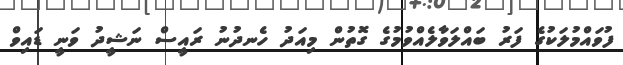
ފުވައްމުލަކުގެ ފަރު ބައްލަވާލެއްވުމުގެ ގޮތުން މިއަދު ހެނދުނު ރައީސް ނަޝީދު ވަނީ ޑައިވް